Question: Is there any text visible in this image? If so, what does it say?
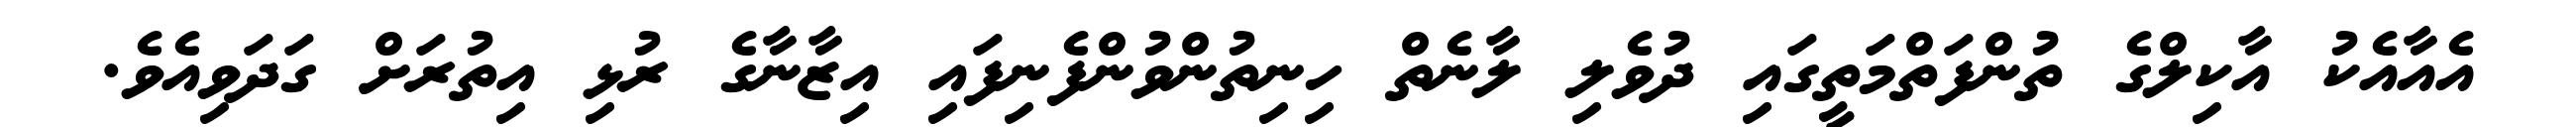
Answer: އެއާއެކު އާކިލްގެ ތުންފަތްމަތީގައި ދުވެލި ލާނެތް ހިނިތުންވުންފެނިފައި އިޒާނާގެ ރުޅި އިތުރަށް ގަދަވިއެވެ.